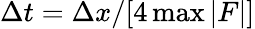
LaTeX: \Delta t=\Delta x/[4\operatorname*{max}|F|]